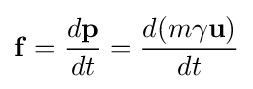
\mathbf {f} ={\frac {d\mathbf {p} }{dt}}={\frac {d(m\gamma \mathbf {u} )}{dt}}